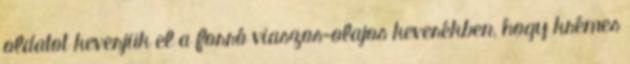
oldatot keverjük el a forró viaszos-olajos keverékben, hogy krémes